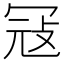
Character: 冦